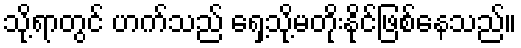
သို့ရာတွင် ဟက်သည် ရှေ့သို့မတိုးနိုင်ဖြစ်နေသည်။